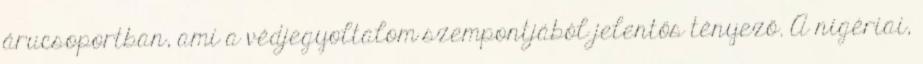
árucsoportban, ami a védjegyoltalom szempontjából jelentős tényező. A nigériai,